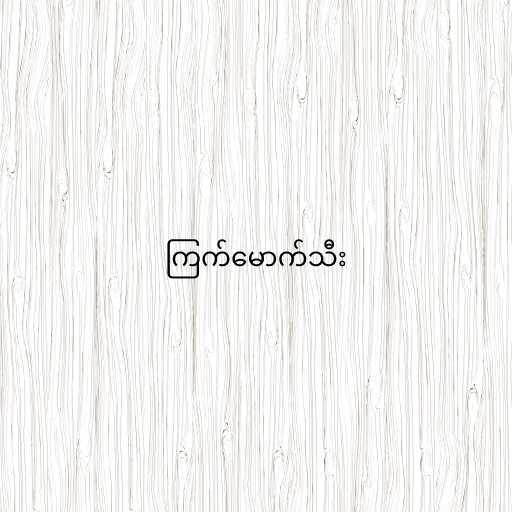
ကြက်မောက်သီး